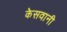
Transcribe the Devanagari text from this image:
केसवानी